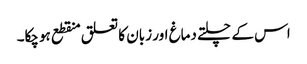
اس کے چلتے دماغ اور زبان کا تعلق منقطع ہوچکا۔